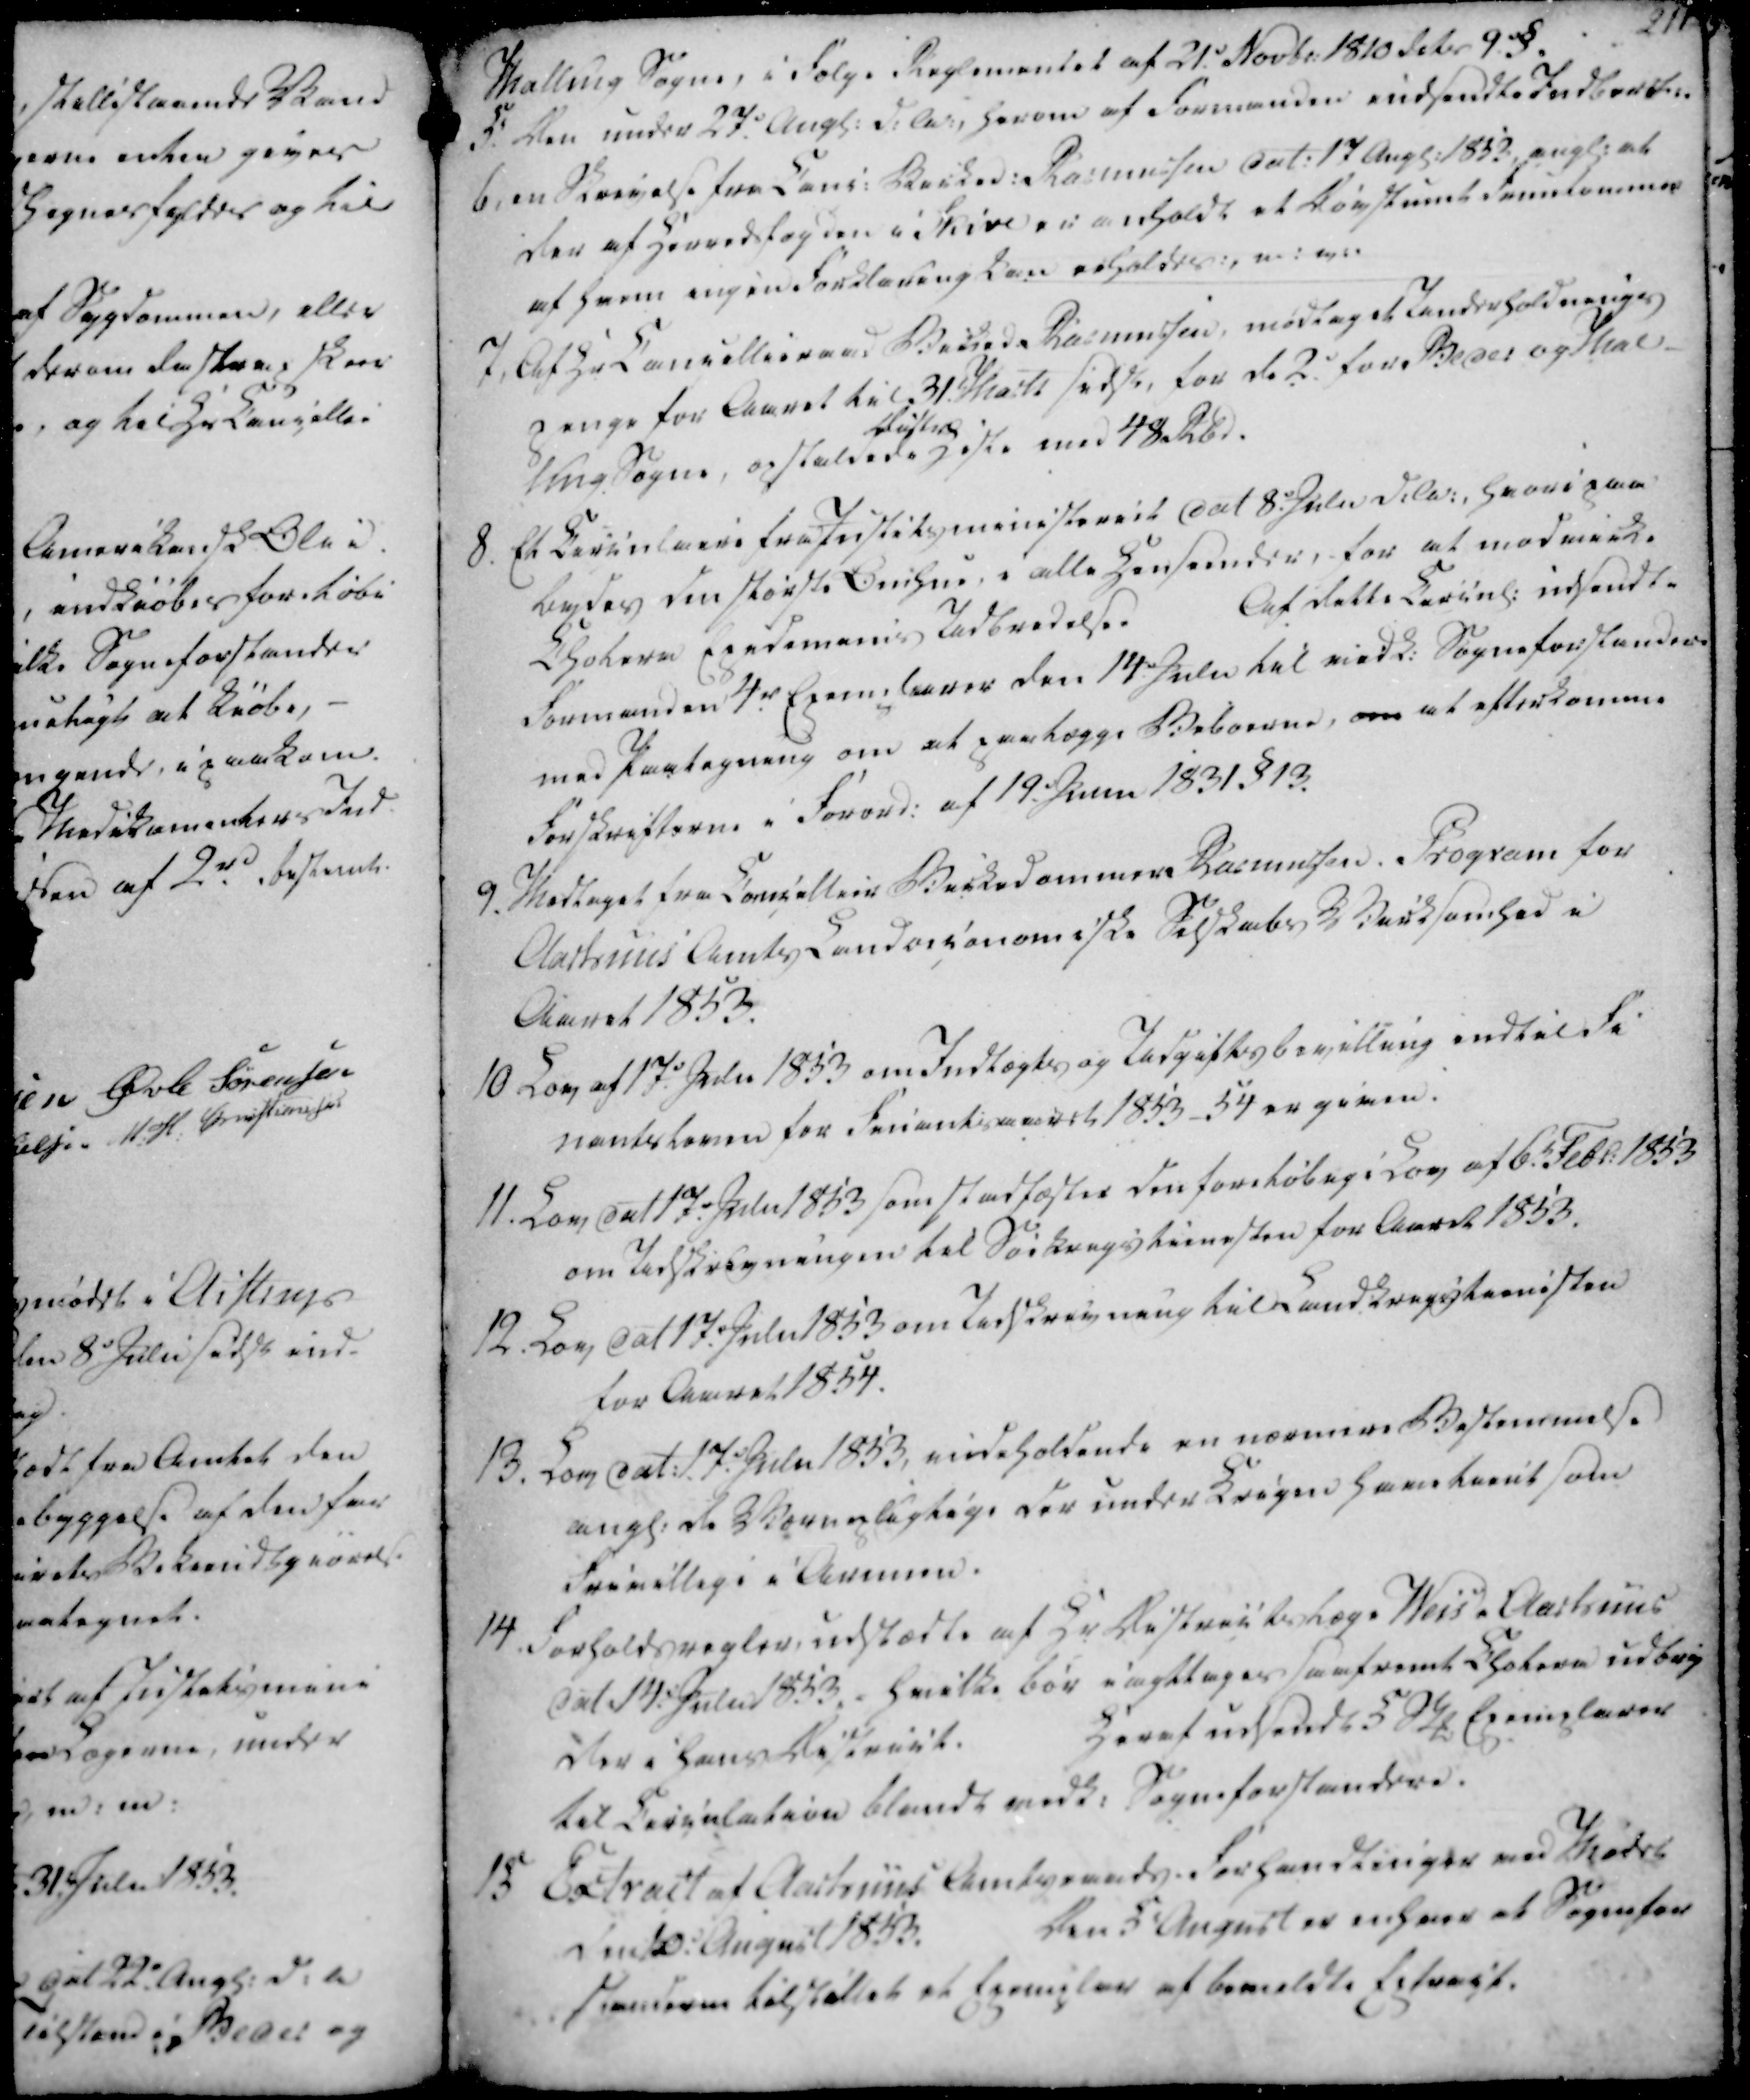
Transskription:
Malling Sogne, i Følge Reglementet af 21.d Novbr. 1810 dete 9 §.

5. Den under 27.d Augl. d.A., herom af Formanden indsendte Indberet.
6, en Skrivelse fra Canc. Birked. Rasmussen dat. 17 Augl. 1853, angl. at
der af Herredsfogden i Skive er anholdt et Døvstumt fruetimmer
af hvem ingen Forklaring kan erholdes:, m. m.
7, Af Hr Cancellieraad Birked. Rasmussen, modtaget Underholdnings
Penge for Aaret til 31. Marts sidstl, for de 2. for Beder og Mal-
ling Sogne, opstaldede.
District
Heste med 48 Rbd.
8. Et Circulaire fra Justitsministeriet dat 8.d Julii d.A., hvori paa
bydes den største Omhue, i alle Henseender, for at modvirke
Cholera Epidemiends Udbredelse.
Af dette Circul. udsendte
Formanden 4r. Exemplarer den 14.d Julii til vedk. Sogneforstandere
med Paategning om at paalægge Beboerne, om at efterkomme
Forskrifterne i Forord. af 19.d Junii 1831 §13

9. Modtaget fra Cancelier Birkedommer Rasmussen. Program for
Aarhuus Amts Landøkonomiske Selskabs Virksomhed i
Aaret 1853.
10 Lov af 17.d Julii 1853 om Indtægts og Udgifts bevilling indtil Fi
nantsloven for Finantsaaret 1853-54 er given.
11. Lov dat 17.d Julii 1853 som stadfæster den foreløbige Lov af 6.t Febr. 1853
om Udskrivningen til Søekrigstienesten for Aaret 1853.
12. Lov dat 17.e Julii 1853 om Udskrivning til Landkrigstienesten
for Aaret 1854.

13. Lov dat. 17.e Julii 1853, indeholdende en nærmere Bestemmelse
angl. de Værnepligtige der under Krigen have tient som
Frivillige i Armeen.
14. Forholdsregler, udstædte af Hr. Districtslæge Weis i Aarhuus
dat 14.e Julii 1853, hvilke bør iagttages saafremt Cholera udbry
der i hans District.
Heraf udsendt 5 Stk Exemplarer
til Circulation blandt vedk. Sogneforstandere.
15 Extract af Aarhuus Amtsraads Forhandlinger ved Mødet
Den 10.d August 1853.
Den 5t August er enhver af Sognefor
standerne tilstillet et Exemplar af bemeldte Extract.